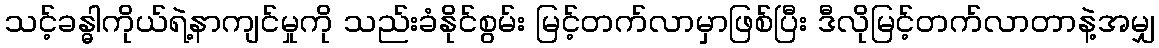
သင့်ခန္ဓါကိုယ်ရဲ့နာကျင်မှုကို သည်းခံနိုင်စွမ်း မြင့်တက်လာမှာဖြစ်ပြီး ဒီလိုမြင့်တက်လာတာနဲ့အမျှ